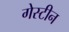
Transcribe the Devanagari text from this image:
गेस्टीन